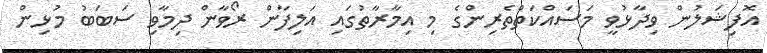
އޮފިޝަލުން ވިދާޅުވީ މަސައްކަތްތެރިންގެ މި އިމާރާތުގައި އަލިފާން ރޯވާން ދިމާވި ސަބަބު މުޅިން